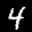
Label: 4